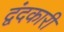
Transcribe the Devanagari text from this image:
द्वंदकारी